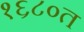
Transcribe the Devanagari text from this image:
१६८०त